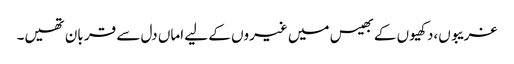
غریبوں،دکھیوں کے بھیس میں غیروں کے لیے اماں دل سے قر بان تھیں۔